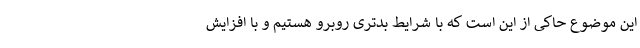
این موضوع حاکی از این است که با شرایط بدتری روبرو هستیم و با افزایش